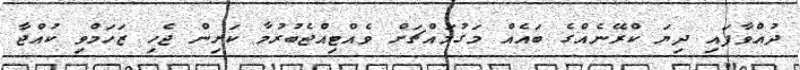
ދުއްވާފައި ދިޔަ ކްރޭނެއްގެ ބައެއް މަގުމައްޗަށް ވެއްޓިއްޖެބުރުމާ ކަށިން ޖެހި ޒަހަމްވި ކުއްޖާ